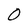
Character: O